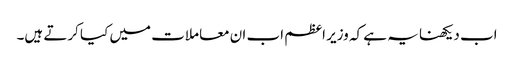
اب دیکھنا یہ ہے کہ وزیر اعظم اب ان معاملات میں کیا کرتے ہیں۔